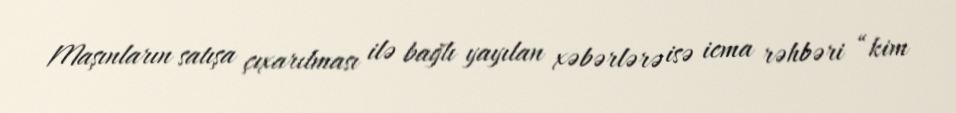
Maşınların satışa çıxarılması ilə bağlı yayılan xəbərlərə isə icma rəhbəri “kim